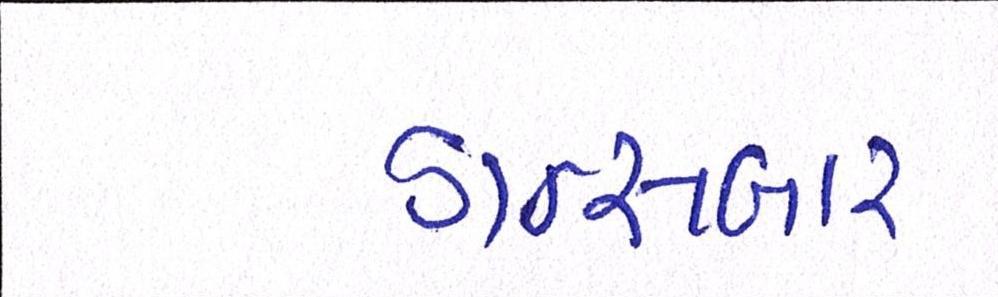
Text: ડાન્સબાર